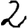
Digit: 2